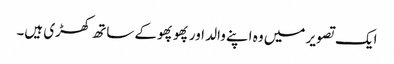
ایک تصویر میں وہ اپنے والد اور پھوپھو کے ساتھ کھڑی ہیں۔